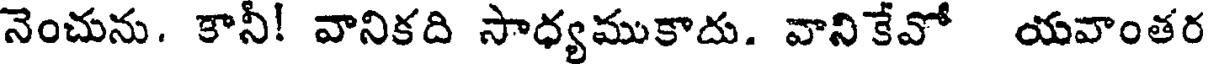
నెంచును. కానీ! వానికది సాధ్యముకాదు. వానికేవో యవాంతర